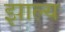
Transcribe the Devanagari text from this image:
झाल्य